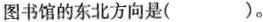
图书馆的东北方向是( )。